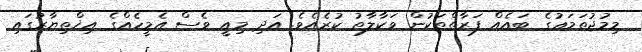
މިމުޖުތަމަޢުގެ ބައެއް ފަރާތްތަކުން ވަކާލާތު ކުރެއެވެ. އަދި މިއީ ވެސް އެމީހެއްގެ އިޚްތިޔާރުގައި